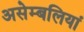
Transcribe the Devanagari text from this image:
असेम्बलियां